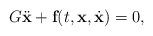
LaTeX: \begin{align*}G\ddot{\textbf{x}}+\textbf{f}(t,\textbf{x},\dot{\textbf{x}})=0,\end{align*}